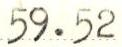
59.52